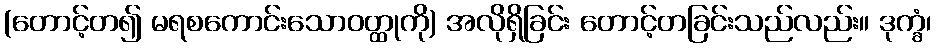
(တောင့်တ၍ မရစကောင်းသောဝတ္ထုကို) အလိုရှိခြင်း တောင့်တခြင်းသည်လည်း။ ဒုက္ခံ၊